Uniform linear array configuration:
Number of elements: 16
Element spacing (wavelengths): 0.25
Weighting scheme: blackman
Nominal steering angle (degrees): -45
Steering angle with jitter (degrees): -46.621
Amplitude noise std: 0.05
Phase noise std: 0.05

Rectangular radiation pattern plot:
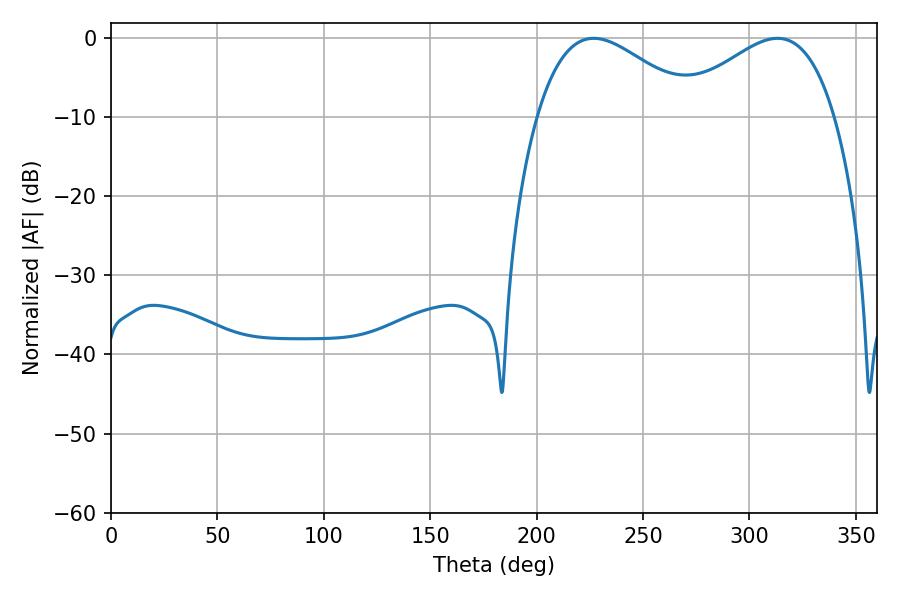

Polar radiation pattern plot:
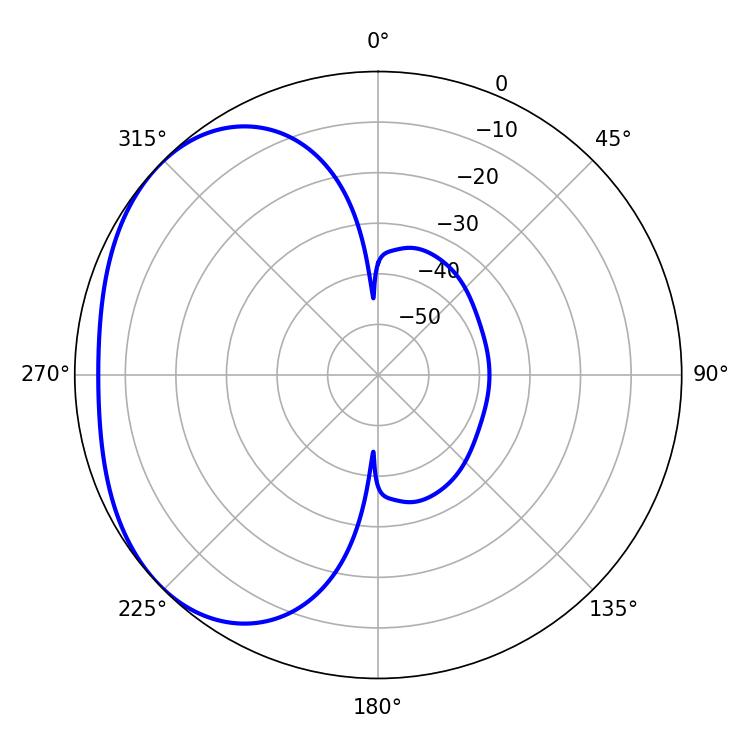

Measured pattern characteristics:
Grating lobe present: FALSE
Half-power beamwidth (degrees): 40.68
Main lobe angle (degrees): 226.8